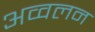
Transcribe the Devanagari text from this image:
अव्वलन